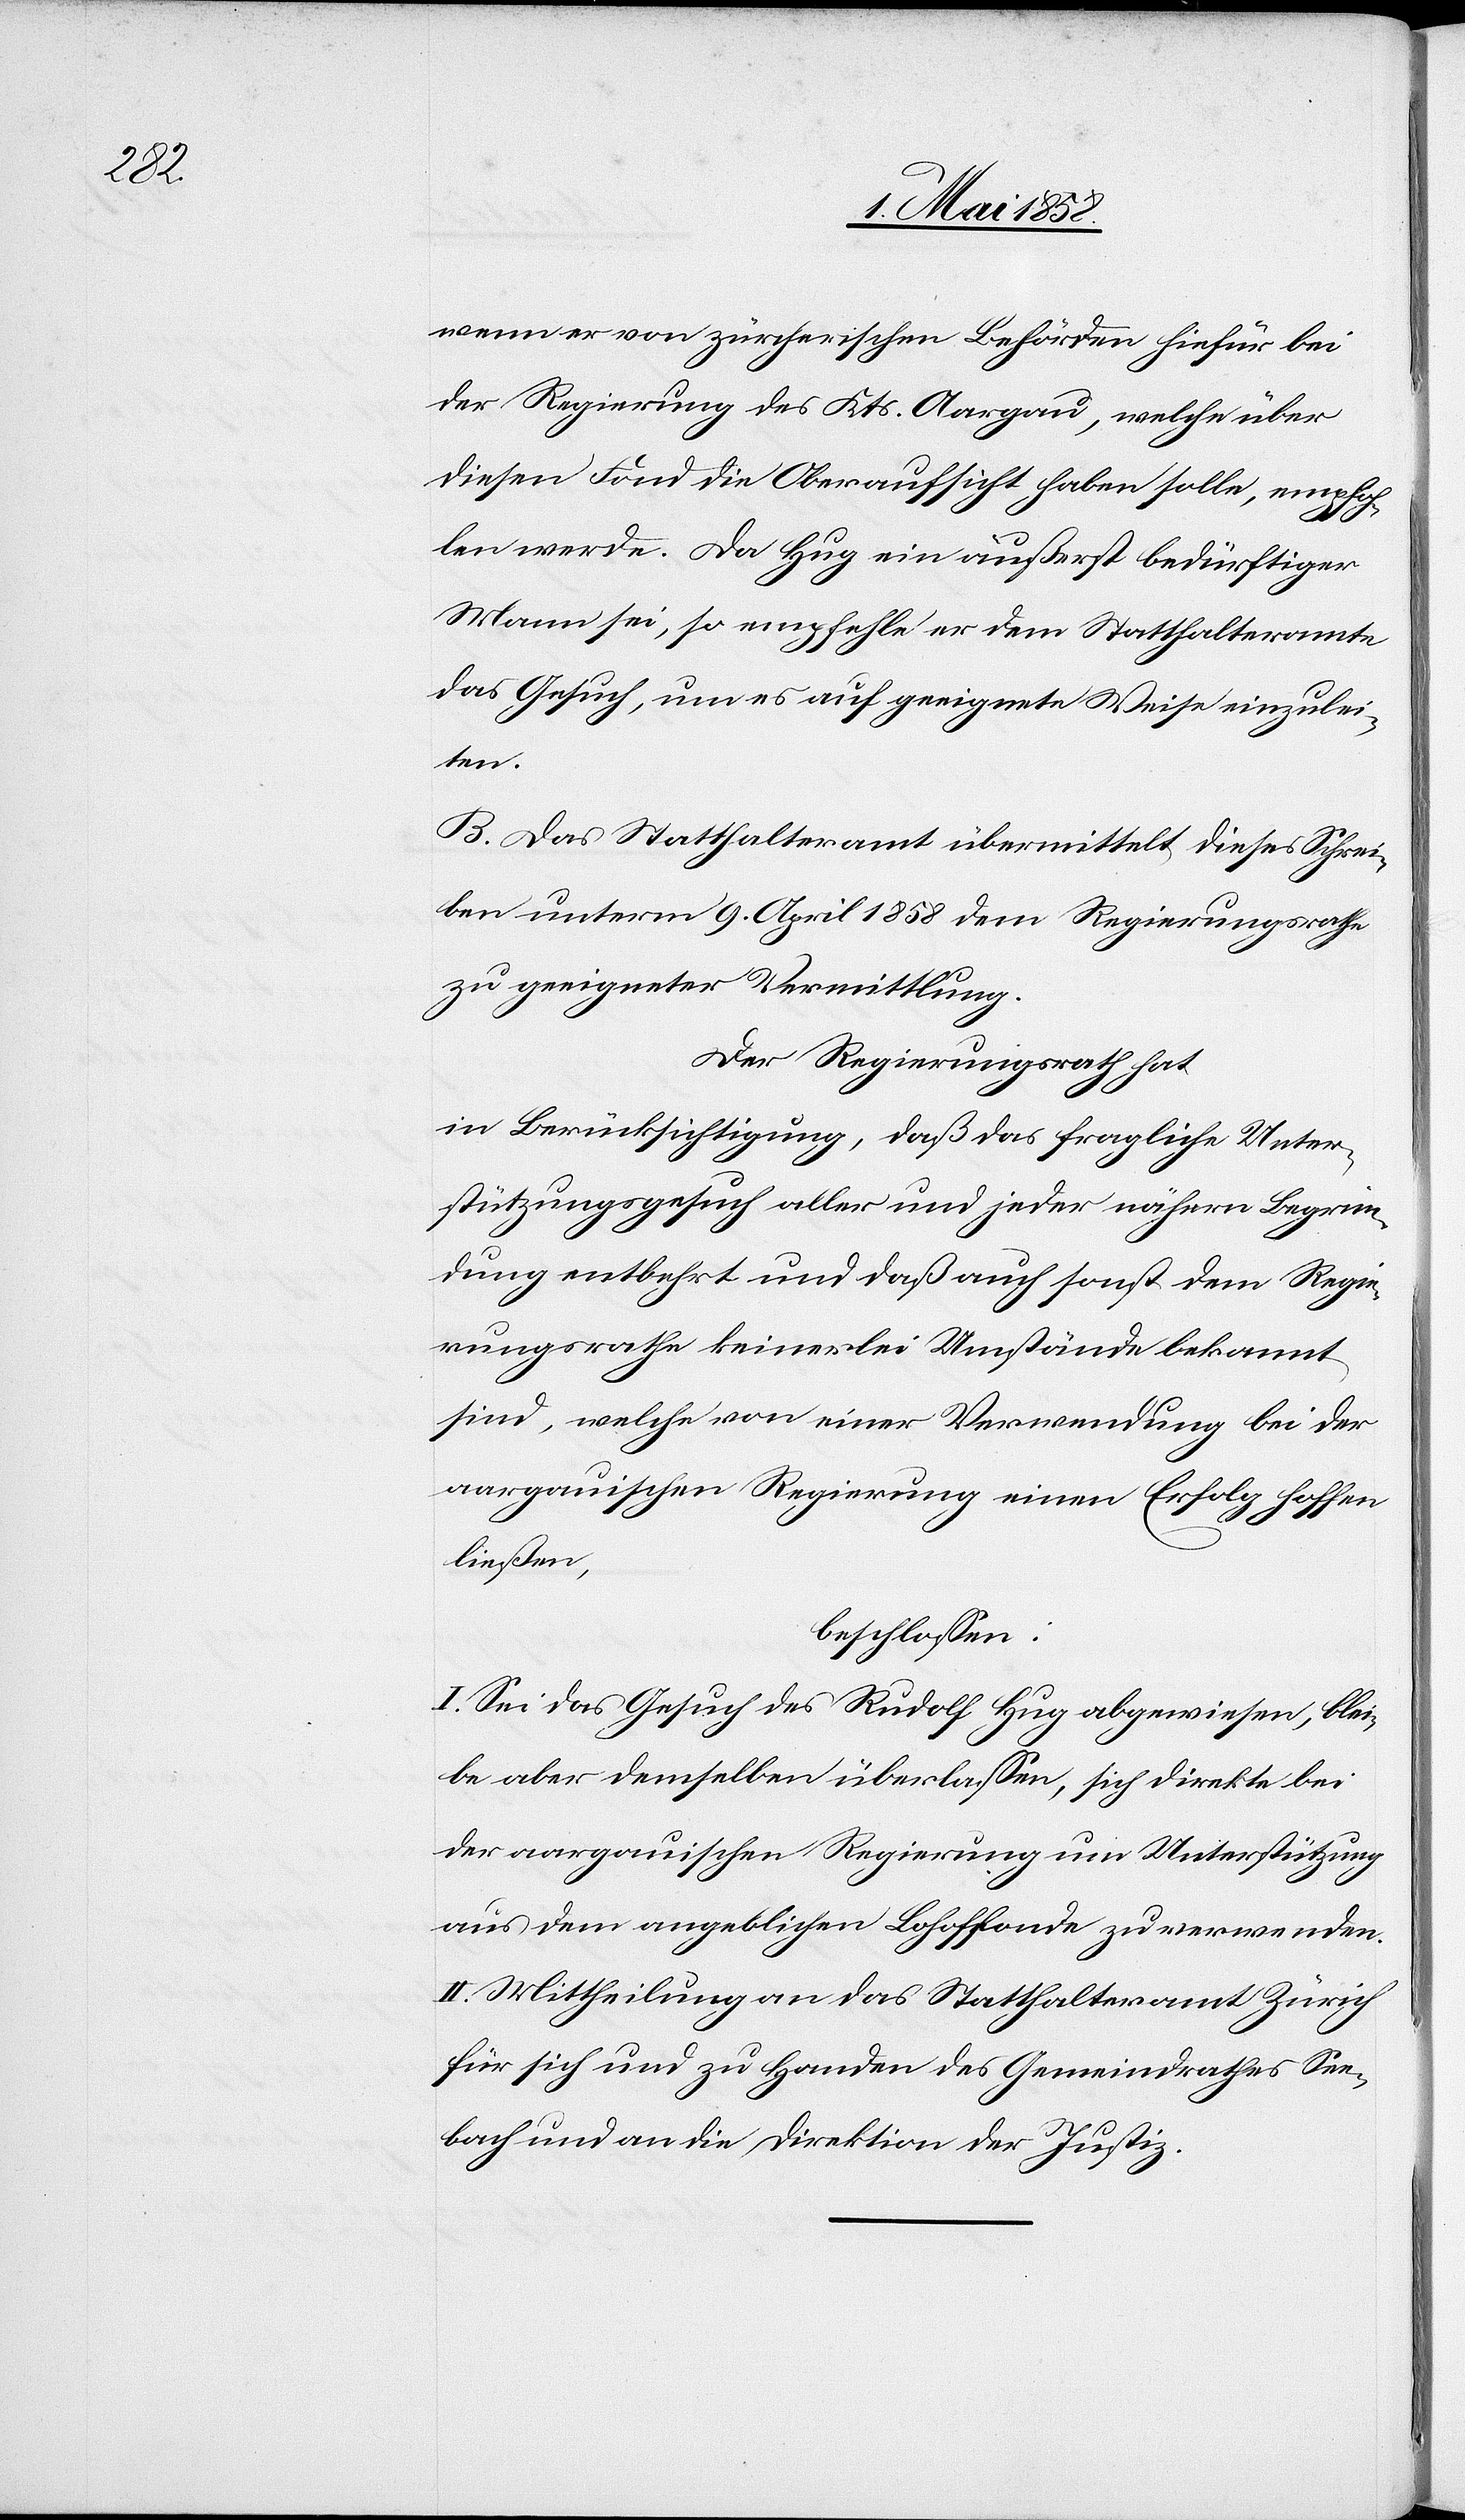
wenn er von zürcherischen Behörden hiefür bei
der Regierung des Kts. Aargau, welche über
diesen Fond die Oberaufsicht haben solle, empfoh¬
len werde. Da Hug ein äußerst bedürftiger
Mann sei, so empfehle er dem Statthalteramte
das Gesuch, um es auf geeignete Weise einzulei¬
ten.
B. Das Statthalteramt übermittel diese Schrei¬
ben unterm 9. April 1858 dem Regierungsrathe
zu geeigneter Vermittlung.
Der Regierungsrath hat
in Berücksichtigung, daß das fragliche Unter¬
stützungsgesuch aller und jeder nähern Begrün¬
dung entbehrt und daß auch sonst dem Regie¬
rungsrathe keinerlei Umstände bekannt
sind, welche von einer Verwendung bei der
aargauischen Regierung einen Erfolg
hoffen
ließen,
beschlossen:
I. Sei das Gesuch des Rudolf Hug abgewiesen, blei¬
be aber demselben überlassen, sich direkte bei
der aargauischen Regierung um Unterstützung
aus dem angeblichen Lohhoffonde zu verwenden.
II. Mittheilung an das Statthalteramt Zürich
für sich und zu Handen des Gemeindrathes See¬
bach und an die Direktion der Justiz.